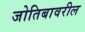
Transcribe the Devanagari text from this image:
जोतिबावरील